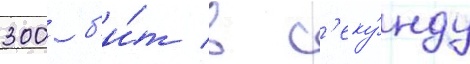
300 б'и́т в с'еку́нду